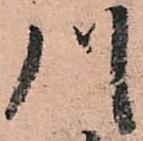
川